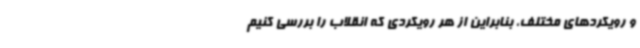
و رویکردهای مختلف، بنابراین از هر رویکردی که انقلاب را بررسی کنیم